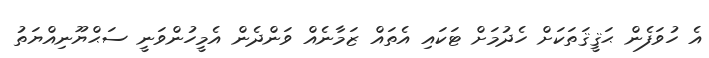
އެ ހުވަފެން ޙަޤީޤަތަކަށް ހެދުމަށް ޓަކައި އެތައް ޒަމާނެއް ވަންދެން އެމީހުންވަނީ ސަޙްޔޫނިއްޔަތު